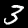
Digit: 3